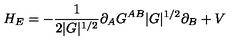
H _ { E } = - \frac { 1 } { 2 | G | ^ { 1 / 2 } } \partial _ { A } G ^ { A B } | G | ^ { 1 / 2 } \partial _ { B } + V